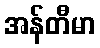
အန်တီမာ